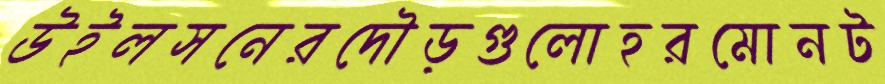
উইলসনেরদৌড়গুলোহরমোনট